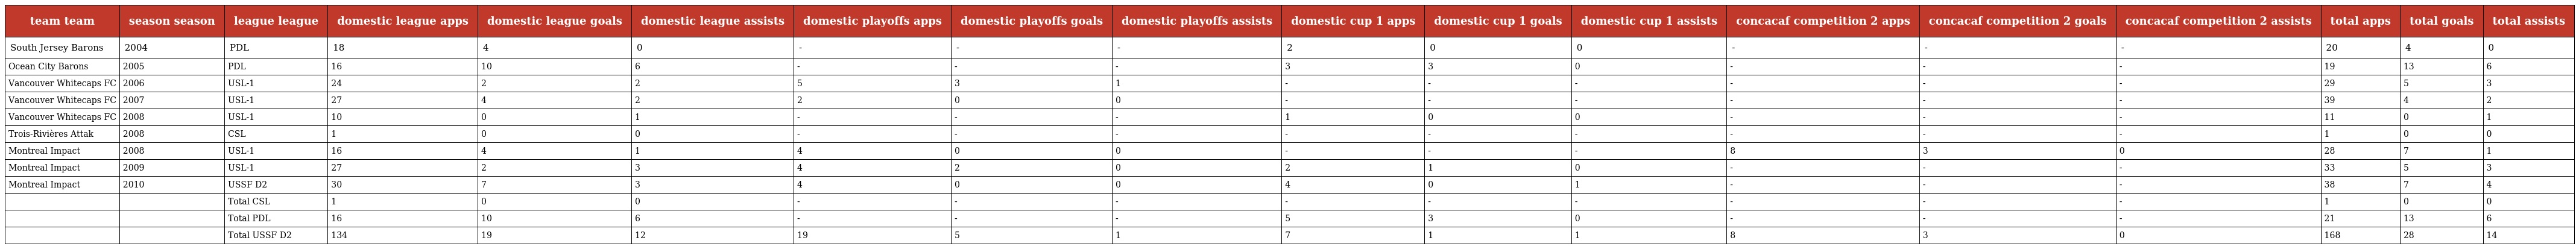
| team team | season season | league league | domestic league apps | domestic league goals | domestic league assists | domestic playoffs apps | domestic playoffs goals | domestic playoffs assists | domestic cup 1 apps | domestic cup 1 goals | domestic cup 1 assists | concacaf competition 2 apps | concacaf competition 2 goals | concacaf competition 2 assists | total apps | total goals | total assists |
 | --- | --- | --- | --- | --- | --- | --- | --- | --- | --- | --- | --- | --- | --- | --- | --- | --- | --- |
 | South Jersey Barons | 2004 | PDL | 18 | 4 | 0 | - | - | - | 2 | 0 | 0 | - | - | - | 20 | 4 | 0 |
 | Ocean City Barons | 2005 | PDL | 16 | 10 | 6 | - | - | - | 3 | 3 | 0 | - | - | - | 19 | 13 | 6 |
 | Vancouver Whitecaps FC | 2006 | USL-1 | 24 | 2 | 2 | 5 | 3 | 1 | - | - | - | - | - | - | 29 | 5 | 3 |
 | Vancouver Whitecaps FC | 2007 | USL-1 | 27 | 4 | 2 | 2 | 0 | 0 | - | - | - | - | - | - | 39 | 4 | 2 |
 | Vancouver Whitecaps FC | 2008 | USL-1 | 10 | 0 | 1 | - | - | - | 1 | 0 | 0 | - | - | - | 11 | 0 | 1 |
 | Trois-Rivières Attak | 2008 | CSL | 1 | 0 | 0 | - | - | - | - | - | - | - | - | - | 1 | 0 | 0 |
 | Montreal Impact | 2008 | USL-1 | 16 | 4 | 1 | 4 | 0 | 0 | - | - | - | 8 | 3 | 0 | 28 | 7 | 1 |
 | Montreal Impact | 2009 | USL-1 | 27 | 2 | 3 | 4 | 2 | 0 | 2 | 1 | 0 | - | - | - | 33 | 5 | 3 |
 | Montreal Impact | 2010 | USSF D2 | 30 | 7 | 3 | 4 | 0 | 0 | 4 | 0 | 1 | - | - | - | 38 | 7 | 4 |
 |  |  | Total CSL | 1 | 0 | 0 | - | - | - | - | - | - | - | - | - | 1 | 0 | 0 |
 |  |  | Total PDL | 16 | 10 | 6 | - | - | - | 5 | 3 | 0 | - | - | - | 21 | 13 | 6 |
 |  |  | Total USSF D2 | 134 | 19 | 12 | 19 | 5 | 1 | 7 | 1 | 1 | 8 | 3 | 0 | 168 | 28 | 14 |